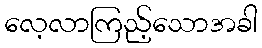
လေ့လာကြည့်သောအခါ